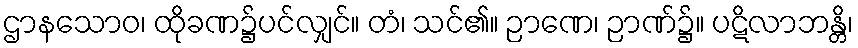
ဌာနသောဝ၊ ထိုခဏ၌ပင်လျှင်။ တံ၊ သင်၏။ ဉာဏေ၊ ဉာဏ်၌။ ပဋိလာဘန္တိ၊